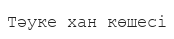
Тәуке хан көшесі